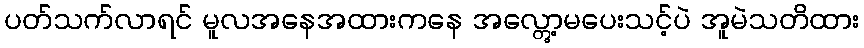
ပတ်သက်လာရင် မူလအနေအထားကနေ အလ္တွော့မပေးသင့်ပဲ အူမဲသတိထား